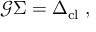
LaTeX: \mathcal { G } \Sigma = \Delta _ { \mathrm { c l } } \; ,